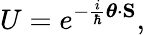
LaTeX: U=e^{-{\frac{i}{\hbar}}{\boldsymbol{\theta}}\cdot\mathbf{S}},